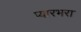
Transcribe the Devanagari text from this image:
प्यारभरा